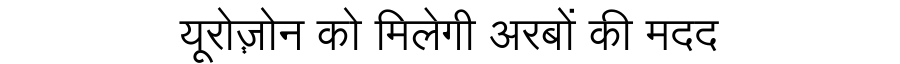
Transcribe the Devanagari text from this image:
यूरोज़़ोन को मिलेगी अरबों की मदद